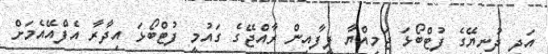
އަދި ދުނިޔޭގެ ފުޓްބޯޅަ ޖަމިއްޔާ ފީފާއިން ރާއްޖޭގެ ގައުމީ ފުޓްބޯޅަ އިދާރާ އެފްއޭއެމަށް